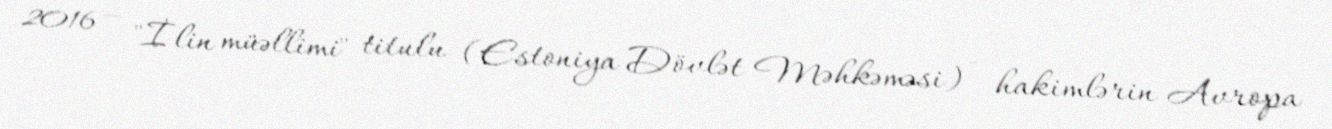
2016 — "İlin müəllimi" titulu (Estoniya Dövlət Məhkəməsi) - hakimlərin Avropa